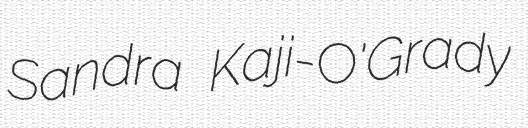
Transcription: Sandra Kaji-O'Grady